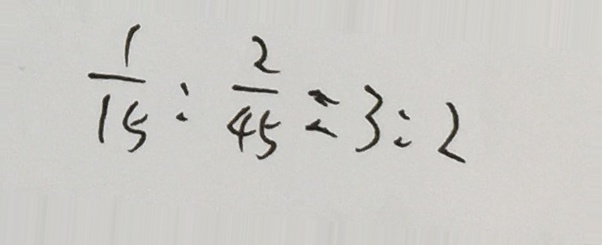
\frac { 1 } { 1 5 } : \frac { 2 } { 4 5 } = 3 : 2